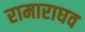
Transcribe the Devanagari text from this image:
रामाराघव